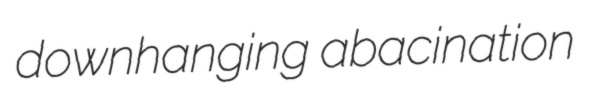
downhanging abacination